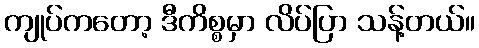
ကျုပ်ကတော့ ဒီကိစ္စမှာ လိပ်ပြာ သန့်တယ်။